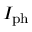
I _ { \mathrm { p h } }